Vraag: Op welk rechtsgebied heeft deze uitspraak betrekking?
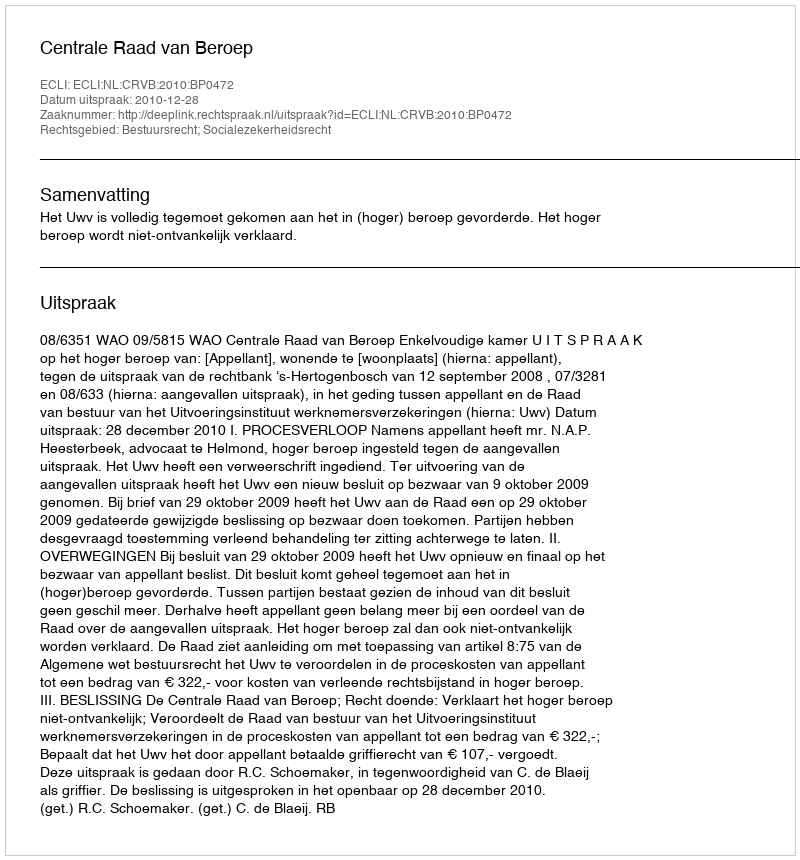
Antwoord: Bestuursrecht; Socialezekerheidsrecht